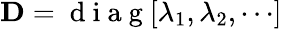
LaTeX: {\mathbf D}=\mathrm{~d~i~a~g~}[\lambda_{1},\lambda_{2},\cdots]